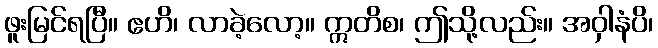
ဖူးမြင်ရပြီ။ ဧဟိ၊ လာခဲ့လော့။ ဣတိစ၊ ဤသို့လည်း။ အဝှါနံပိ၊